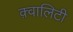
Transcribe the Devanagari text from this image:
क़्वालिटी